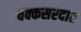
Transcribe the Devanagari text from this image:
चक्कसरदार